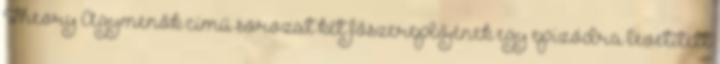
Theory Agymenők című sorozat két főszereplőjének egy epizódra levetített